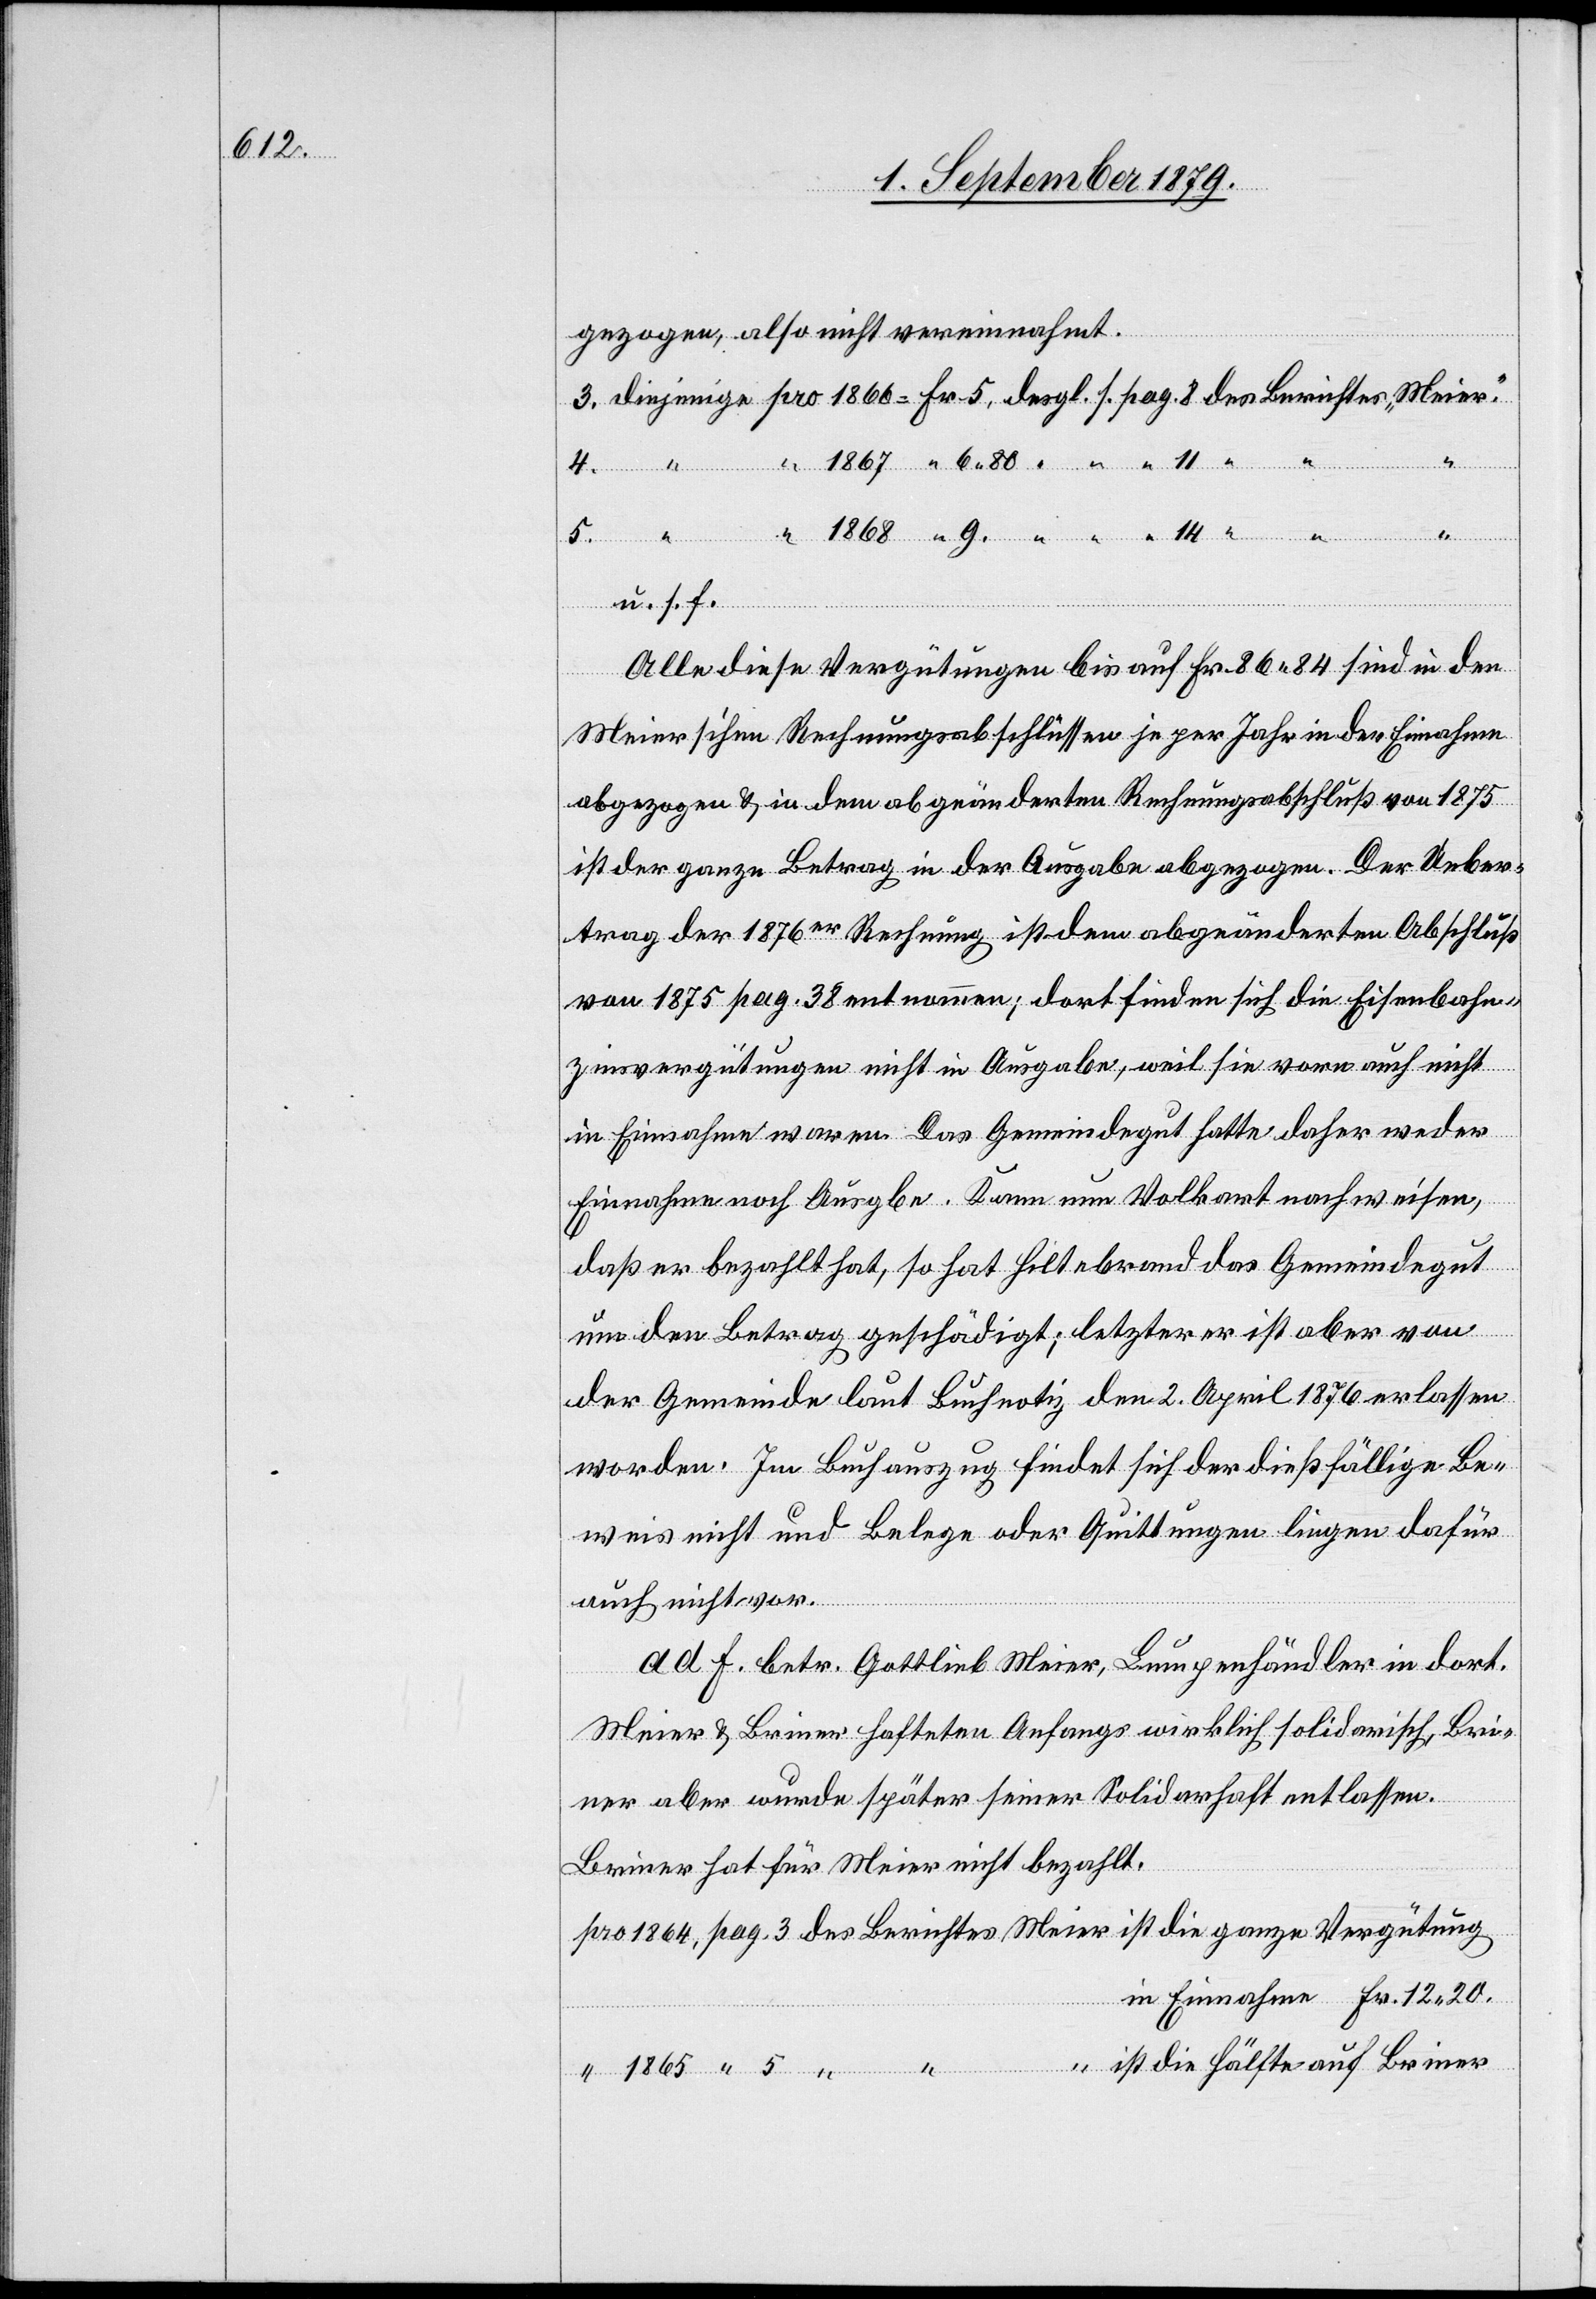
gezogen, also nicht vereinnahmt.
3. diejenige pro 1866 = Fr. 5, desgl. s. pag. 8 des Berichtes „Meier“.
“ 1867 “ 6 80 “ “ “ 11 “
4.
u. s. f.
Alle diese Vergütungen bis auf Fr. 86 84 sind in den
Meier’schen Rechnungsabschlüssen je per Jahr in der Einnahme
abgezogen & in dem abgeänderten Rechnungsabschluß von 1875
ist der ganze Betrag in der Ausgabe abgezogen. Der Ueber¬
trag der 1876er Rechnung ist dem abgeänderten Abschluß
von 1875 pag. 38 entnommen; dort finden sich die Eisenbahn¬
zinsvergütungen nicht in Ausgabe, weil sie vorn auch nicht
in Einnahme waren. Das Gemeindegut hatte daher weder
Einnahme noch Ausg[a]be. Kann nun Volkart nachweisen,
daß er bezahlt hat, so hat Hiltebrand das Gemeindegut
um den Betrag geschädigt; letzterer ist aber von
der Gemeinde laut Buchnotiz den 2. April 1876 erlassen
worden. Im Buchauszug findet sich der dießfällige Be¬
weis nicht und Belege oder Quittungen liegen dafür
auch nicht vor.
ad f. betr. Gottlieb Meier, Lumpenhändler in dort.
Meier & Briner hafteten Anfangs wirklich solidarisch, Bri¬
ner aber wurde später seiner Solidarschaft entlassen.
Briner hat für Meier nicht bezahlt.
pro 1864, pag. 3 des Berichtes Meier ist die ganze Vergütung
in Einnahme Fr. 12 20
“ ist die Hälfte auf Briner
“ 1865 “ 5 “ “